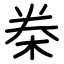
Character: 桊